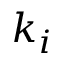
k _ { i }